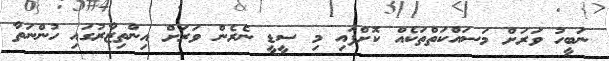
ނަބީހު ވަރަށް މަސައްކަތްތަކެއް ކޮށްފައި މި ސީޑީ ނެރެން ވަރަށް އިންތިޒާރުގައި ހުންނަތާ